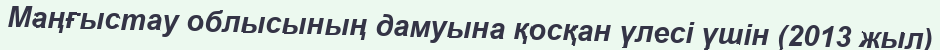
Маңғыстау облысының дамуына қосқан үлесі үшін (2013 жыл)